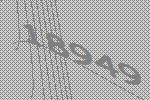
18949